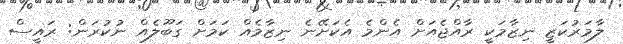
ލާމަރުކަޒީ ނިޒާމަކީ ރާއްޖެއަށް އެންމެ އެކަށޭނެ ނިޒާމެއް ކަމަށް ގަބޫލެއް ނުކުރަން: ރައީސް